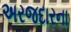
અરજદારના